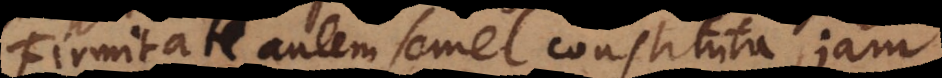
Firmitate autem semel constituta, jam